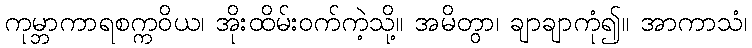
ကုမ္ဘာကာရစက္ကဝိယ၊ အိုးထိမ်းဝက်ကဲ့သို့။ အမိတွာ၊ ချာချာကုံ၍။ အာကာသံ၊